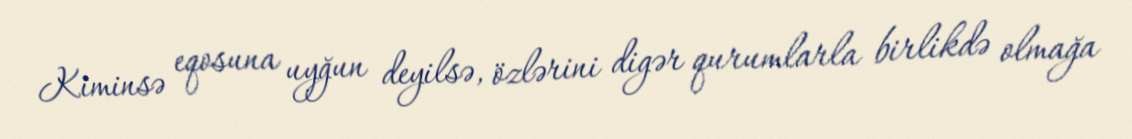
Kiminsə eqosuna uyğun deyilsə, özlərini digər qurumlarla birlikdə olmağa